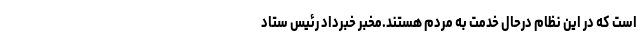
است که در این نظام درحال خدمت به مردم هستند.مخبر خبرداد رئیس ستاد